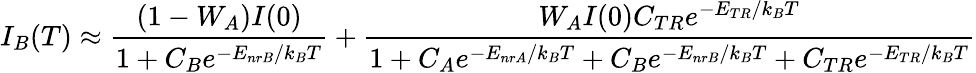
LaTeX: I_{B}(T)\approx\frac{(1-W_{A})I(0)}{1+C_{B}e^{-E_{nrB}/k_{B}T}}+\frac{W_{A}I(0)C_{TR}e^{-E_{TR}/k_{B}T}}{1+C_{A}e^{-E_{nrA}/k_{B}T}+C_{B}e^{-E_{nrB}/k_{B}T}+C_{TR}e^{-E_{TR}/k_{B}T}}